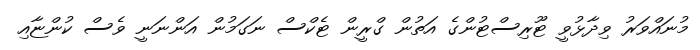
މުނައްވަރު ވިދާޅުވީ ޓޫރިސްޓުންގެ އަތުން ގްރީން ޓެކްސް ނަގަމުން އަންނަނީ ވެސް ކުންޏާއި